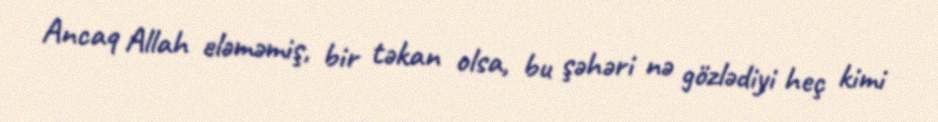
Ancaq Allah eləməmiş, bir təkan olsa, bu şəhəri nə gözlədiyi heç kimi